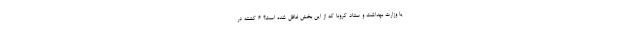
یا وزارت بهداشت و ستاد کرونا که از این بخش غافل شده است؟ ۶ کشته در